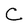
Character: C